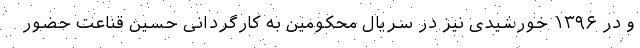
و در ۱۳۹۶ خورشیدی نیز در سریال محکومین به کارگردانی حسین قناعت حضور